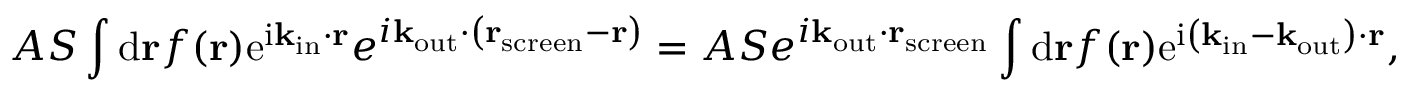
A S \int \mathrm { d } \mathbf { r } f ( \mathbf { r } ) \mathrm { e } ^ { \mathrm { i } \mathbf { k } _ { \mathrm { i n } } \cdot \mathbf { r } } e ^ { i \mathbf { k } _ { \mathrm { o u t } } \cdot \left( \mathbf { r } _ { \mathrm { s c r e e n } } - \mathbf { r } \right) } = A S e ^ { i \mathbf { k } _ { \mathrm { o u t } } \cdot \mathbf { r } _ { \mathrm { s c r e e n } } } \int \mathrm { d } \mathbf { r } f ( \mathbf { r } ) \mathrm { e } ^ { \mathrm { i } \left( \mathbf { k } _ { \mathrm { i n } } - \mathbf { k } _ { \mathrm { o u t } } \right) \cdot \mathbf { r } } ,